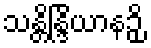
သန္တိန္ဒြိယာနဉှိ